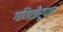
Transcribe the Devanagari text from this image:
गणितीरूपात